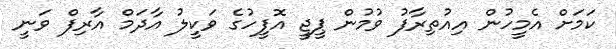
ކަމަށް އެމީހުން އިއުތިރާފު ވުމުން ޕީޖީ އޮފީހުގެ ވަކީލު އާދަމް އާރިފް ވަނީ